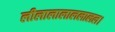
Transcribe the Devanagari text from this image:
लीलालालाललालल।